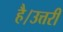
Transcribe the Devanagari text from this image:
है।उत्तरी